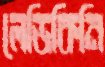
লেডিকিনি